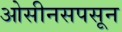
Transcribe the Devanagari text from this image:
ओसीनसपसून